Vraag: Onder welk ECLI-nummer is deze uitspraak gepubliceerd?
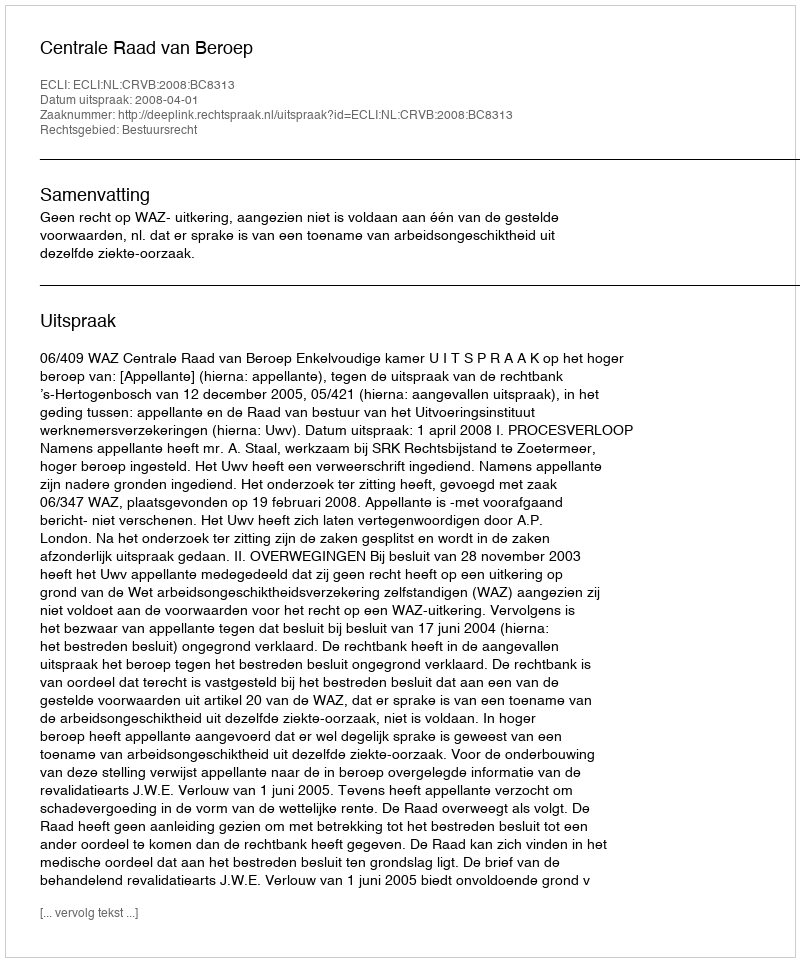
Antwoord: ECLI:NL:CRVB:2008:BC8313